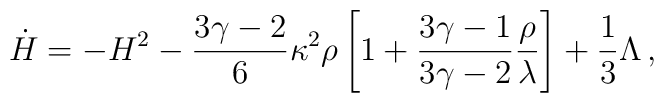
\dot{H}=-H^2-\frac{3\gamma-2}{6}\kappa^2\rho\left[1+\frac{3\gamma-1}{3\gamma-2}\frac{\rho}{\lambda}\right]+\frac{1}{3}\Lambda\,,